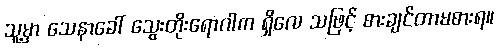
သူ့မှာ သေနာခေါ် သွေးတိုးရောဂါက ရှိလေ သဖြင့် စားချင်တာမစားရ။